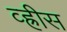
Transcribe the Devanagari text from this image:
व्ह्रीस